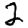
Digit: 2